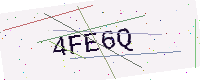
Text: 4FE6Q